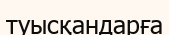
туысқандарға